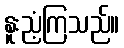
နူးညံ့ကြသည်။